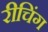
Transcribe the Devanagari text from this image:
रीचिंग